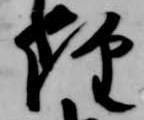
経